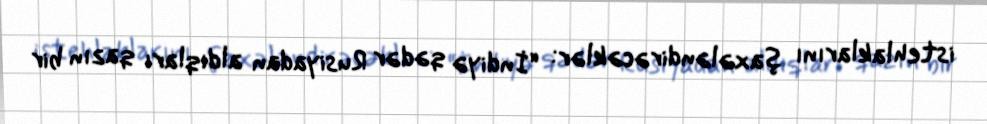
istehlaklarını şaxələndirəcəklər: “İndiyə qədər Rusiyadan aldıqları qazın bir